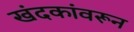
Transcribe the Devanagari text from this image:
खंदकांवरून